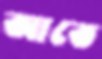
আতে